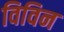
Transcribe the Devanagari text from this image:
विविन